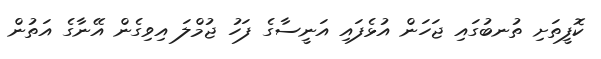
ކޮފީތަށި ތުނބުގައި ޖަހަން އުޅެފައި އަނީސާގެ ފަހު ޖުމްލަ އިވިގެން އޭނާގެ އަތުން